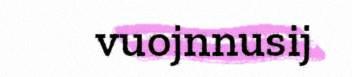
vuojnnusij